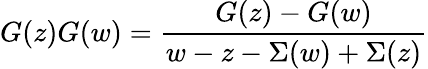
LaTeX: G(z)G(w)={\frac{G(z)-G(w)}{w-z-\Sigma(w)+\Sigma(z)}}